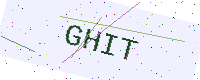
Text: GHIT